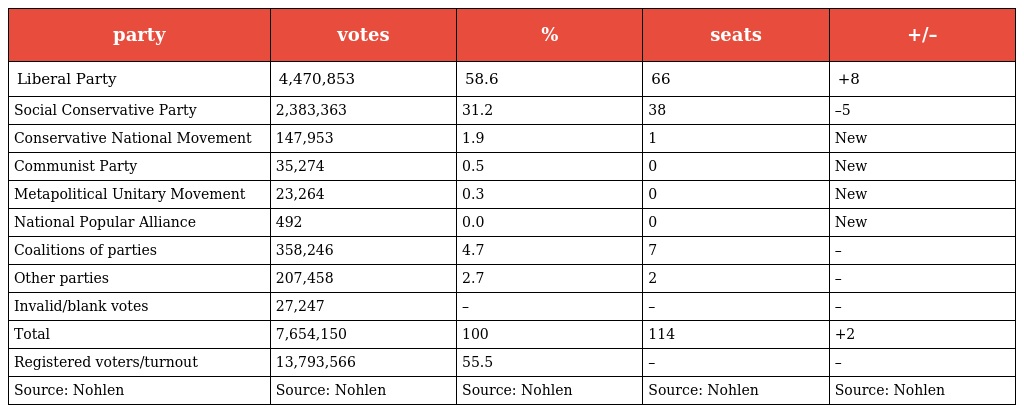
| party | votes | % | seats | +/– |
 | --- | --- | --- | --- | --- |
 | Liberal Party | 4,470,853 | 58.6 | 66 | +8 |
 | Social Conservative Party | 2,383,363 | 31.2 | 38 | –5 |
 | Conservative National Movement | 147,953 | 1.9 | 1 | New |
 | Communist Party | 35,274 | 0.5 | 0 | New |
 | Metapolitical Unitary Movement | 23,264 | 0.3 | 0 | New |
 | National Popular Alliance | 492 | 0.0 | 0 | New |
 | Coalitions of parties | 358,246 | 4.7 | 7 | – |
 | Other parties | 207,458 | 2.7 | 2 | – |
 | Invalid/blank votes | 27,247 | – | – | – |
 | Total | 7,654,150 | 100 | 114 | +2 |
 | Registered voters/turnout | 13,793,566 | 55.5 | – | – |
 | Source: Nohlen | Source: Nohlen | Source: Nohlen | Source: Nohlen | Source: Nohlen |